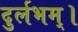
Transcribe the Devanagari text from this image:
दुर्लभम्।